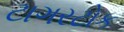
ટાગરટોક